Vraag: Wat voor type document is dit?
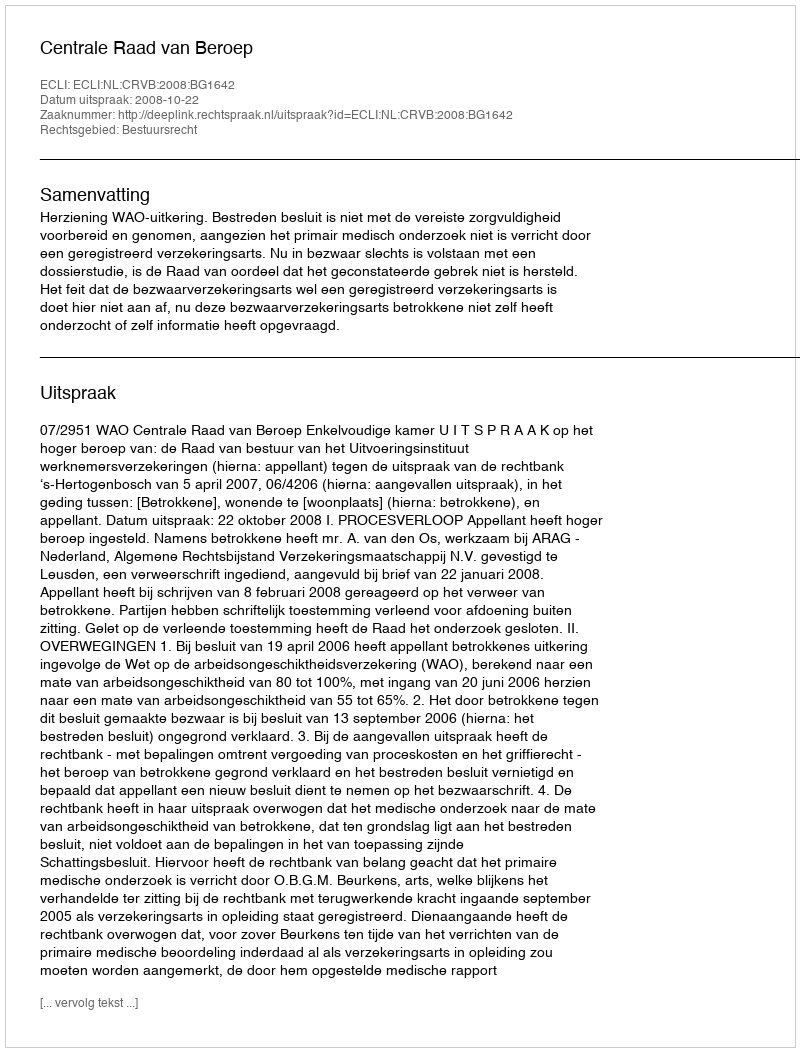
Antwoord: Uitspraak